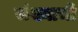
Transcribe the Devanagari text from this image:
संख्याची